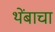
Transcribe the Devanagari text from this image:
थेंबाचा